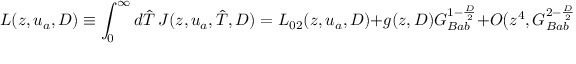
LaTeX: L ( z , u _ { a } , D ) \equiv \int _ { 0 } ^ { \infty } d \hat { T } \, J ( z , u _ { a } , \hat { T } , D ) = L _ { 0 2 } ( z , u _ { a } , D ) + g ( z , D ) G _ { B a b } ^ { 1 - { \frac { D } { 2 } } } + O \bigl ( z ^ { 4 } , G _ { B a b } ^ { 2 - { \frac { D } { 2 } } } \bigr ) \nonumber \,